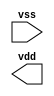
//#############################################################################
//# Function: Decap Cell                                                      #
//# Copyright: OH Project Authors. ALl rights Reserved.                       #
//# License:  MIT (see LICENSE file in OH repository)                         #
//#############################################################################

module asic_decap #(parameter PROP = "DEFAULT")   (
    input  vss,
    output vdd
    );

endmodule